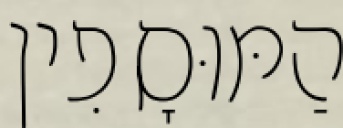
הַמּוּסָפִין